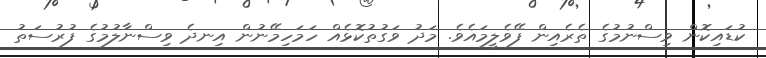
ކުޑައިކޮން ވިސްނުމުގެ ތެރެއިން ފޭވެލީމައެވެ. މަދު ވަގުތުކޮޅެއް ހަމަހިމޭނުން އިނދެ ވިސްނާލުމުގެ ފުރުސަތު